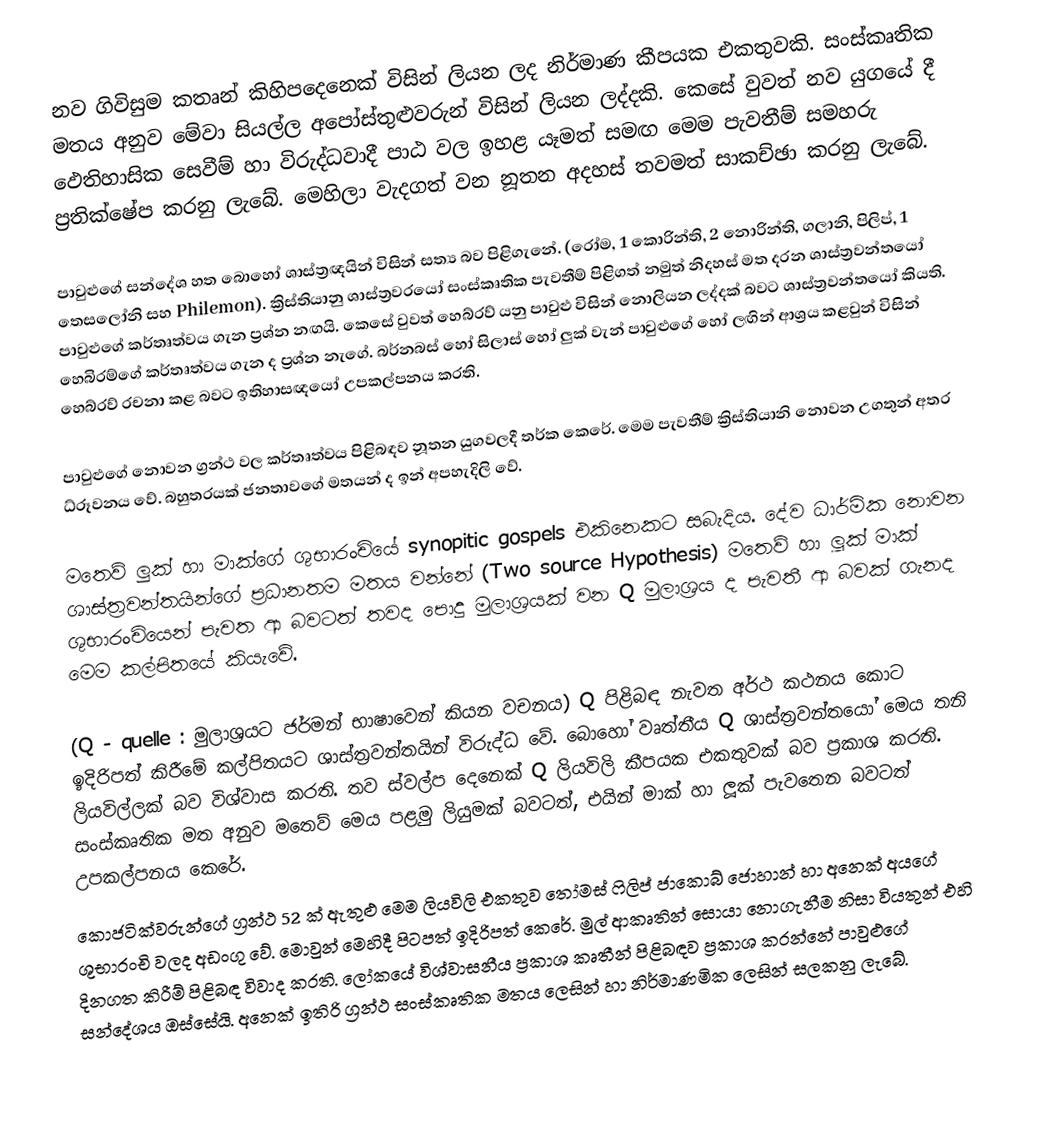
නව ගිවිසුම කතෘන් කිහිපදෙනෙක් විසින් ලියන ලද නිර්මාණ කීපයක එකතුවකි. සංස්කෘතික මතය අනුව  මේවා සියල්ල අපෝස්තුළුවරුන් විසින් ලියන ලද්දකි. කෙසේ ‍වුවත් නව යුගයේ දී ඵෙතිහාසික සෙවීම් හා විරුද්ධවාදී පාඨ වල ඉහළ යෑමත් සමඟ මෙම පැවතීම් සමහරු ප්‍රතික්ෂේප කරනු ලැබේ. මෙහිලා වැදගත් වන නූතන අදහස් තවමත් සාකච්ඡා කරනු ලැබේ.

පාවුළුගේ සන්දේශ හත බොහෝ ශාස්ත්‍රඥයින් විසින් සත්‍ය බව පිළිගැනේ. (රෝම, 1 කොරින්ති, 2 නොරින්ති, ගලානි, පිලිප්, 1 තෙසලෝනි සහ Philemon). ක්‍රිස්තියානු ශාස්ත්‍රවරයෝ  සංස්කෘතික පැවතීම්  පිළිගත් නමුත් නිදහස් මත දරන  ශාස්ත්‍රවන්තයෝ පාවුළුගේ කර්තෘත්වය ගැන ප්‍රශ්න නඟයි. කෙසේ වුවත් හෙබ්රව් යනු පාවුළු විසින් නොලියන ලද්දක් බවට ශාස්ත්‍රවන්තයෝ කියති. හෙබිරම්ගේ කර්තෘත්වය ගැන ද ප්‍රශ්න නැගේ. බර්නබස් හෝ සිලාස් හෝ ලුක් වැන් පාවුළු‍ගේ හෝ ලඟින් ආශ්‍රය කළවුන් විසින් හෙබ්රව් රචනා කළ බවට ඉතිහාසඥයෝ  උපකල්පනය කරති.

පාවුළුගේ නොවන ග්‍රන්ථ වල කර්තෘත්වය පිළිබඳව නූතන යුගවලදී තර්ක කෙරේ. මෙම පැවතීම් ක්‍රිස්තියානි නොවන උගතුන් අතර ධ්රූවනය වේ. බහුතරයක්  ජනතාවගේ මතයන් ද  ඉන් අපහැදිලි  වේ.

මතෙව් ලුක් හා මාක්‍ගේ ශුභාරංචියේ  synopitic gospels එකිනෙකට සබැදිය. දේව ධාර්මික ‍නොවන  ශාස්ත්‍රවන්තයින්ගේ ප්‍රධානතම මතය වන්නේ  (Two source Hypothesis) මතෙව් හා ලූක් මාක් ශුභාරංචියෙන් පැවත ආ බවටත් තවද ‍පොදු මුලාශ්‍රයක් වන  Q මුලාශ්‍රය ද  පැවතී ආ බවක් ගැනද මෙම කල්පිතයේ කියැවේ.

(Q - quelle : මුලාශ්‍රයට ජර්මන් භාෂාවෙන් කියන වචනය)  Q පිළිබඳ නැවත අර්ථ කථනය කොට ඉදිරිපත් කිරීමේ කල්පිතයට ශාස්ත්‍රවන්තයින් විරුද්ධ වේ. බොහෝ වෘත්තීය Q ශාස්ත්‍රවන්තයෝ මෙය තනි ලියවිල්ලක් බව විශ්වාස කරති. ‍තව ස්වල්ප දෙනෙක් Q ලියවිලි කීපයක එකතුවක් බව ප්‍රකාශ කරති. සංස්කෘතික මත අනුව මතෙව් මෙය පළමු ලියුමක් බවටත්, එයින් මාක් හා ලූක් පැවතෙන බවටත් උපකල්පනය කෙරේ.
කොජටික්වරුන්ගේ ග්‍රන්ථ 52 ක් ඇතුළු මෙම ලියවිලි එකතුව තෝමස් ෆිලිප් ජාකොබ් ජොහාන් හා අනෙක් අයගේ  ශුභාරංචි වලද අඩංගු වේ. මොවුන් මෙහිදී පිටපත් ඉදිරිපත් කෙරේ. මුල් ආකෘතින් සොයා නොගැනීම නිසා  වියතුන්  එහි දිනගත  කිරීම් පිළිබඳ විවාද කරති. ලෝකයේ විශ්වාසනීය  ප්‍රකාශ කෘතීන් පිළිබඳව ප්‍රකාශ කරන්නේ පාවුළුගේ සන්දේශය ඔස්සේයි. අනෙක් ඉතිරි ග්‍රන්ථ සංස්කෘතික මතය ලෙසින් හා නිර්මාණමික ලෙසින් සලකනු ලැබේ.